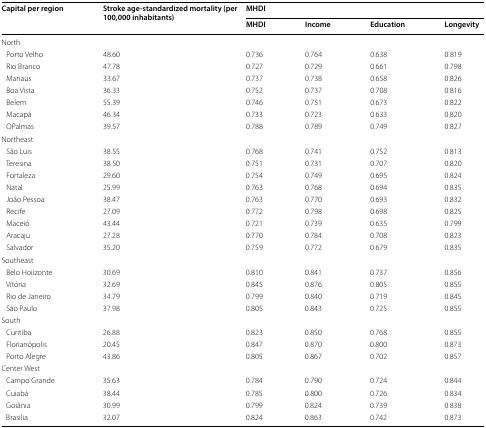
<table><thead><tr><td rowspan="2"><b>Capital per region</b></td><td rowspan="2"><b>Stroke age-standardized mortality (per 100,000 inhabitants)</b></td><td colspan="4"><b>MHDI</b></td></tr><tr><td><b>MHDI</b></td><td><b>Income</b></td><td><b>Education</b></td><td><b>Longevity</b></td></tr></thead><tbody><tr><td colspan="6">North</td></tr><tr><td> Porto Velho</td><td>48.60</td><td>0.736</td><td>0.764</td><td>0.638</td><td>0.819</td></tr><tr><td> Rio Branco</td><td>47.78</td><td>0.727</td><td>0.729</td><td>0.661</td><td>0.798</td></tr><tr><td> Manaus</td><td>33.67</td><td>0.737</td><td>0.738</td><td>0.658</td><td>0.826</td></tr><tr><td> Boa Vista</td><td>36.33</td><td>0.752</td><td>0.737</td><td>0.708</td><td>0.816</td></tr><tr><td> Belem</td><td>55.39</td><td>0.746</td><td>0.751</td><td>0.673</td><td>0.822</td></tr><tr><td> Macapá</td><td>46.34</td><td>0.733</td><td>0.723</td><td>0.633</td><td>0.820</td></tr><tr><td> OPalmas</td><td>39.57</td><td>0.788</td><td>0.789</td><td>0.749</td><td>0.827</td></tr><tr><td colspan="6">Northeast</td></tr><tr><td> São Luis</td><td>38.55</td><td>0.768</td><td>0.741</td><td>0.752</td><td>0.813</td></tr><tr><td> Teresina</td><td>38.50</td><td>0.751</td><td>0.731</td><td>0.707</td><td>0.820</td></tr><tr><td> Fortaleza</td><td>29.60</td><td>0.754</td><td>0.749</td><td>0.695</td><td>0.824</td></tr><tr><td> Natal</td><td>25.99</td><td>0.763</td><td>0.768</td><td>0.694</td><td>0.835</td></tr><tr><td> João Pessoa</td><td>38.47</td><td>0.763</td><td>0.770</td><td>0.693</td><td>0.832</td></tr><tr><td> Recife</td><td>27.09</td><td>0.772</td><td>0.798</td><td>0.698</td><td>0.825</td></tr><tr><td> Maceió</td><td>43.44</td><td>0.721</td><td>0.739</td><td>0.635</td><td>0.799</td></tr><tr><td> Aracaju</td><td>27.28</td><td>0.770</td><td>0.784</td><td>0.708</td><td>0.823</td></tr><tr><td> Salvador</td><td>35.20</td><td>0.759</td><td>0.772</td><td>0.679</td><td>0.835</td></tr><tr><td colspan="6">Southeast</td></tr><tr><td> Belo Hoiizonte</td><td>30.69</td><td>0.810</td><td>0.841</td><td>0.737</td><td>0.856</td></tr><tr><td> Vitória</td><td>32.69</td><td>0.845</td><td>0.876</td><td>0.805</td><td>0.855</td></tr><tr><td> Rio de Janeiro</td><td>34.79</td><td>0.799</td><td>0.840</td><td>0.719</td><td>0.845</td></tr><tr><td> São Paulo</td><td>37.98</td><td>0.805</td><td>0.843</td><td>0.725</td><td>0.855</td></tr><tr><td colspan="6">South</td></tr><tr><td> Curitiba</td><td>26.88</td><td>0.823</td><td>0.850</td><td>0.768</td><td>0.855</td></tr><tr><td> Florianópolis</td><td>20.45</td><td>0.847</td><td>0.870</td><td>0.800</td><td>0.873</td></tr><tr><td> Porto Alegre</td><td>43.86</td><td>0.805</td><td>0.867</td><td>0.702</td><td>0.857</td></tr><tr><td colspan="6">Center West</td></tr><tr><td> Campo Grande</td><td>35.63</td><td>0.784</td><td>0.790</td><td>0.724</td><td>0.844</td></tr><tr><td> Cuiabá</td><td>38.44</td><td>0.785</td><td>0.800</td><td>0.726</td><td>0.834</td></tr><tr><td> Goiânia</td><td>30.99</td><td>0.799</td><td>0.824</td><td>0.739</td><td>0.838</td></tr><tr><td> Brasilia</td><td>32.07</td><td>0.824</td><td>0.863</td><td>0.742</td><td>0.873</td></tr></tbody></table>